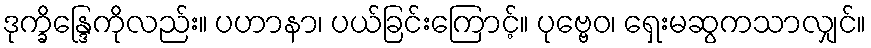
ဒုက္ခိန္ဒြေကိုလည်း။ ပဟာနာ၊ ပယ်ခြင်းကြောင့်။ ပုဗ္ဗေဝ၊ ရှေးမဆွကသာလျှင်။